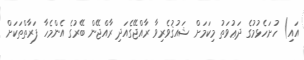
އައި) ހުށަހެޅުމުގެ ދަޢުވަތު މިކަމަށް ޝައުޤުވެރިވާ ރާއްޖޭގެއަދި ރާއްޖޭން ބޭރުގެ އެންމެހާ ފަރާތްތަކަށް